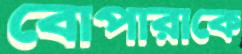
বোপারাকে